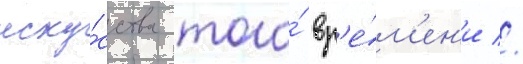
иску́сства того́ вр'е́м'ен'и //